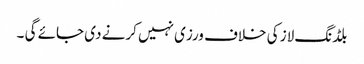
بلڈنگ لاز کی خلاف ورزی نہیں کرنے دی جائے گی ۔